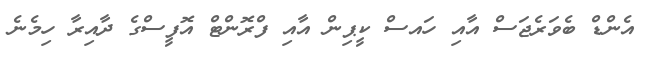
އެންޑް ބެވަރެޖަސް އާއި ހައސް ކީޕިން އާއި ފްރޮންޓް އޮފީސްގެ ދާއިރާ ހިމެނެ